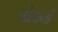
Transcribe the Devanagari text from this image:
घोसांनी